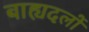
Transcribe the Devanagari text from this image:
बाह्यदलों